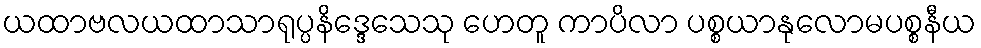
ယထာဗလယထာသာရုပ္ပနိဒ္ဒေသေသု ဟေတူ ကာပိလာ ပစ္စယာနုလောမပစ္စနီယ